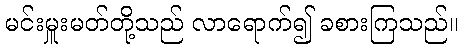
မင်းမှူးမတ်တို့သည် လာရောက်၍ ခစားကြသည်။